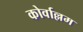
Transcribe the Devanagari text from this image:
कोर्वाल्लम